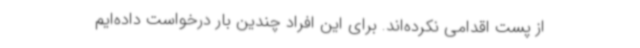
از پست اقدامی نکرده‌اند. برای این افراد چندین بار درخواست داده‌ایم